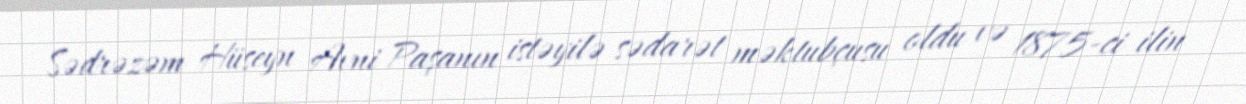
Sədrəzəm Hüseyn Avni Paşanın istəyilə sədarət məktubçusu oldu və 1875-ci ilin